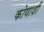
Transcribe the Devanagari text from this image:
कोणाशीं